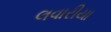
લવારીયા